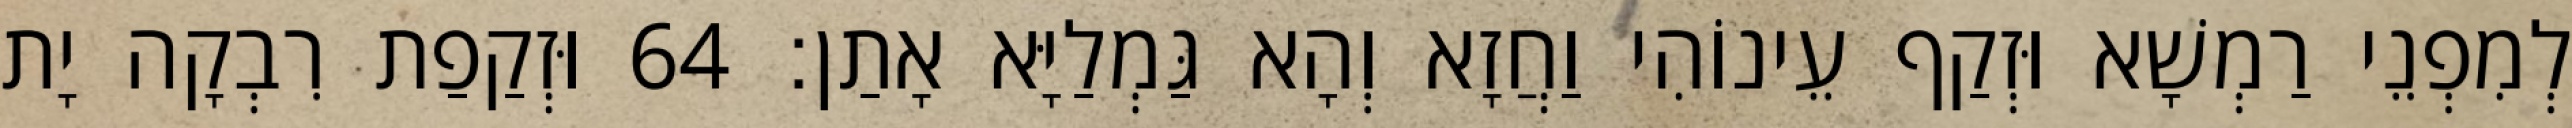
לְמִפְנֵי רַמְשָׁא וּזְקַף עֵינוֹהִי וַחֲזָא וְהָא גַּמְלַיָּא אָתַן׃ 64 וּזְקַפַת רִבְקָה יָת